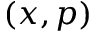
( x , p )